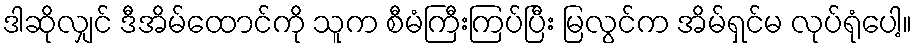
ဒါဆိုလျှင် ဒီအိမ်ထောင်ကို သူက စီမံကြီးကြပ်ပြီး မြလွင်က အိမ်ရှင်မ လုပ်ရုံပေါ့။